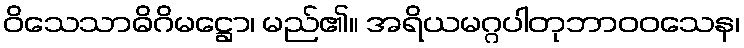
ဝိသေသာဓိဂိမဋ္ဌော၊ မည်၏။ အရိယမဂ္ဂပါတုဘာဝဝသေန၊